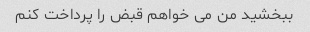
ببخشید من می خواهم قبض را پرداخت کنم